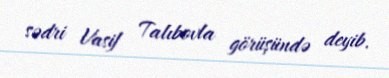
sədri Vasif Talıbovla görüşündə deyib.